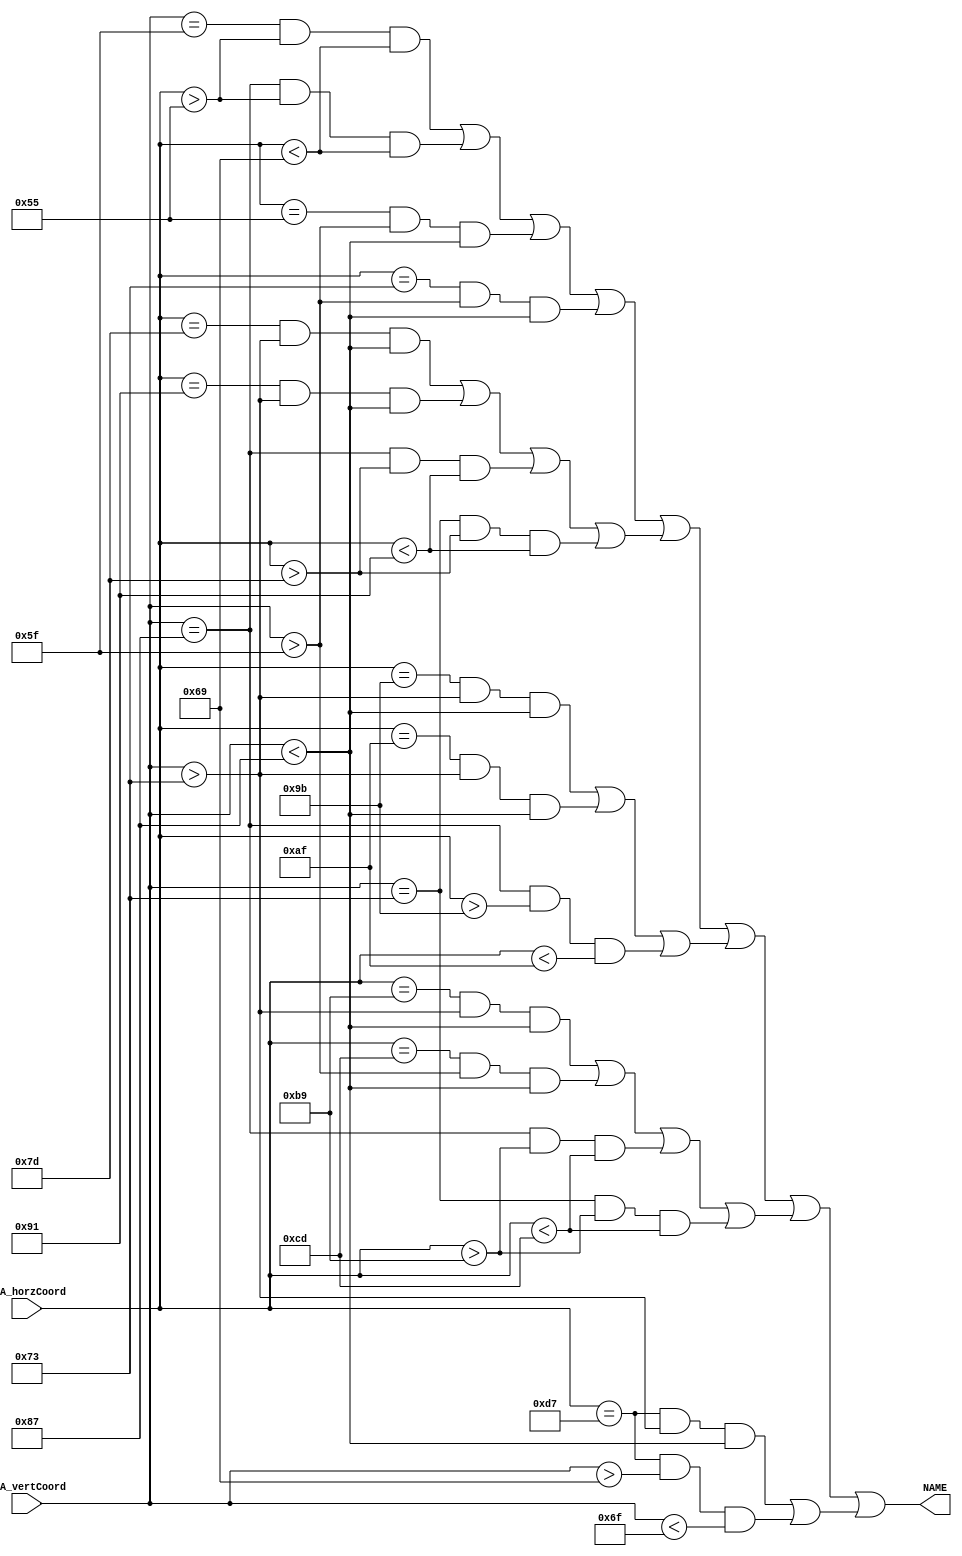
`timescale 1ns / 1ps
//////////////////////////////////////////////////////////////////////////////////
// Company: 
// Engineer: 
// 
// Design Name: 
// Module Name: ConditionForMyName
// Project Name: 
// Target Devices: 
// Tool Versions: 
// Description: 
// 
// Dependencies: 
// 
// Revision:
// Revision 0.01 - File Created
// Additional Comments:
// 
//////////////////////////////////////////////////////////////////////////////////


module ConditionForMyName(
    input [11:0] VGA_vertCoord,
    input [11:0] VGA_horzCoord,
    output NAME
    );
    
    localparam startX = 85;
    localparam startY = 95;
    localparam hori_len = 20;
    localparam verti_len = 40;
    localparam hori_half_len = 10;
    localparam verti_half_len = 20;
    localparam space = 30;
    
    wire CONDITION_FOR_C = 
    ((VGA_vertCoord == startY) && (VGA_horzCoord > startX) && (VGA_horzCoord < startX + hori_len)) ||                  //top horizontal
    ((VGA_vertCoord == startY + verti_len) && (VGA_horzCoord > startX) && (VGA_horzCoord < startX + hori_len)) ||    //bottom horizonal
    ((VGA_horzCoord == startX) && (VGA_vertCoord > startY) && (VGA_vertCoord < startY + verti_len));                    //middle vertical
    
    localparam Cl = startX + space;
    wire CONDITION_FOR_l =
    ((VGA_horzCoord == Cl) && (VGA_vertCoord > startY) && (VGA_vertCoord < startY + verti_len));                    //middle vertical
    
    localparam Clo = Cl + space - hori_len;
    wire CONDITION_FOR_o = 
    ((VGA_horzCoord == Clo) && (VGA_vertCoord > startY + verti_half_len) && (VGA_vertCoord < startY + verti_len)) ||     //left vertical    
    ((VGA_horzCoord == Clo + hori_len) && (VGA_vertCoord > startY + verti_half_len) && (VGA_vertCoord < startY + verti_len)) ||     //right vertical
    ((VGA_vertCoord == startY + verti_len) && (VGA_horzCoord > Clo) && (VGA_horzCoord < Clo + hori_len)) ||           //bottom horizontal
    ((VGA_vertCoord == startY + verti_half_len) && (VGA_horzCoord > Clo) && (VGA_horzCoord < Clo + hori_len));        //top horizontal
    
    localparam Clou = Clo + space;
    wire CONDITION_FOR_u =
    ((VGA_horzCoord == Clou) && (VGA_vertCoord > startY + verti_half_len) && (VGA_vertCoord < startY + verti_len)) ||     //left vertical    
    ((VGA_horzCoord == Clou + hori_len) && (VGA_vertCoord > startY + verti_half_len) && (VGA_vertCoord < startY + verti_len)) ||     //right vertical
    ((VGA_vertCoord == startY + verti_len) && (VGA_horzCoord > Clou) && (VGA_horzCoord < Clou + hori_len));           //bottom horizontal
    
    localparam Cloud = Clou + space;
    wire CONDITION_FOR_d =
    ((VGA_horzCoord == Cloud) && (VGA_vertCoord > startY + verti_half_len) && (VGA_vertCoord < startY + verti_len)) ||     //left vertical    
    ((VGA_horzCoord == Cloud + hori_len) && (VGA_vertCoord > startY) && (VGA_vertCoord < startY + verti_len)) ||     //right vertical
    ((VGA_vertCoord == startY + verti_len) && (VGA_horzCoord > Cloud) && (VGA_horzCoord < Cloud + hori_len)) ||           //bottom horizontal
    ((VGA_vertCoord == startY + verti_half_len) && (VGA_horzCoord > Cloud) && (VGA_horzCoord < Cloud + hori_len));        //top horizontal
    
    localparam Cloudi = Cloud + space;
    wire CONDITION_FOR_i =
    ((VGA_horzCoord == Cloudi) && (VGA_vertCoord > startY + verti_half_len) && (VGA_vertCoord < startY + verti_len)) ||   //middle vertical
    ((VGA_horzCoord == Cloudi) && (VGA_vertCoord > startY + verti_half_len - 10) && (VGA_vertCoord < startY + verti_half_len - 4));   //middle dot
    
    assign NAME = CONDITION_FOR_C | CONDITION_FOR_l | CONDITION_FOR_o | CONDITION_FOR_u | CONDITION_FOR_d | CONDITION_FOR_i;
    
endmodule